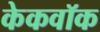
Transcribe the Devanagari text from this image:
केकवॉक